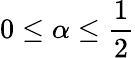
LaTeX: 0\leq\alpha\leq\frac{1}{2}